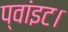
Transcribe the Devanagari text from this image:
प्‍वांइट।